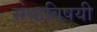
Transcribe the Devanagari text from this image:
संघाविषयी